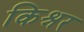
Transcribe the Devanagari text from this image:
किश्नर